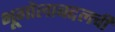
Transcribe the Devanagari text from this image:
भूगोलाबद्दलची